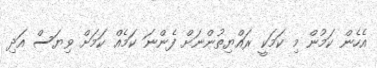
އެހެން ކަމުން މި ކަމަކީ ރައްޔިތުންނަށް ފެންނަ ކަމެއް ކަމަށް ވިޔަސް އަދި